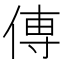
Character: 𫝊